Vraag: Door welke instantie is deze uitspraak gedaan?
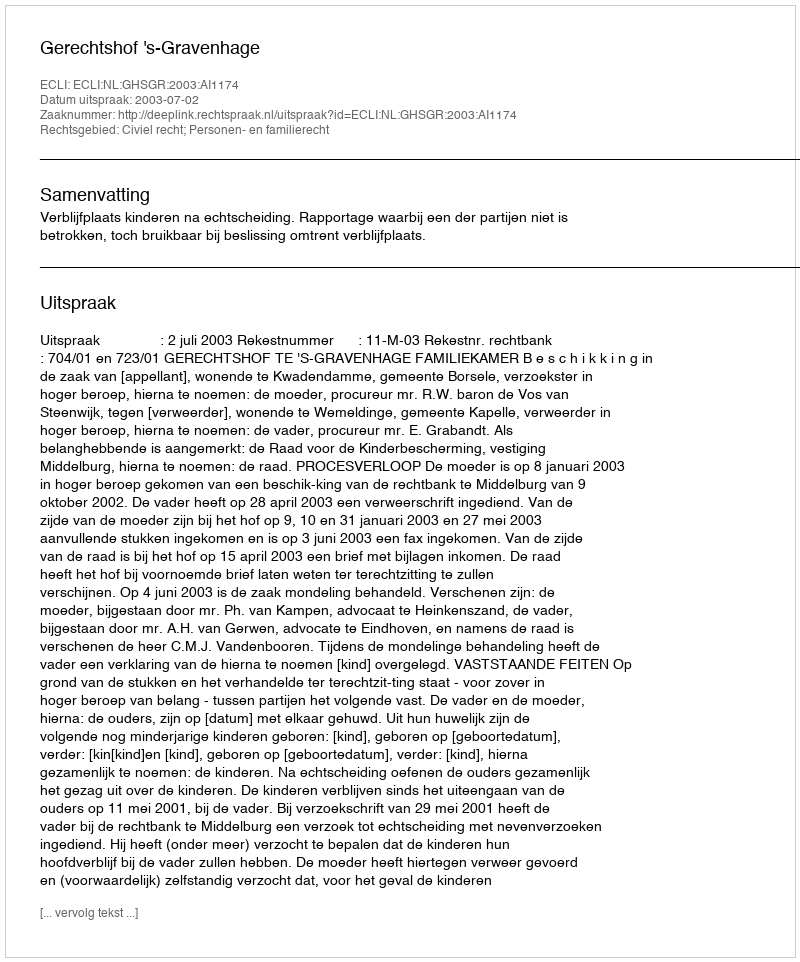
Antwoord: Gerechtshof 's-Gravenhage